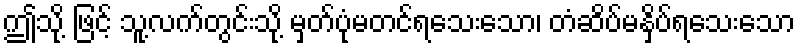
ဤသို့ ဖြင့် သူ့လက်တွင်းသို့ မှတ်ပုံမတင်ရသေးသော၊ တံဆိပ်မနှိပ်ရသေးသော